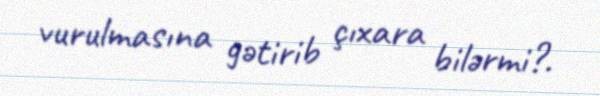
vurulmasına gətirib çıxara bilərmi?.